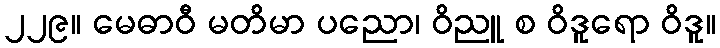
၂၂၉။ မေဓာဝီ မတိမာ ပညော၊ ဝိညူ စ ဝိဒူရော ဝိဒူ။